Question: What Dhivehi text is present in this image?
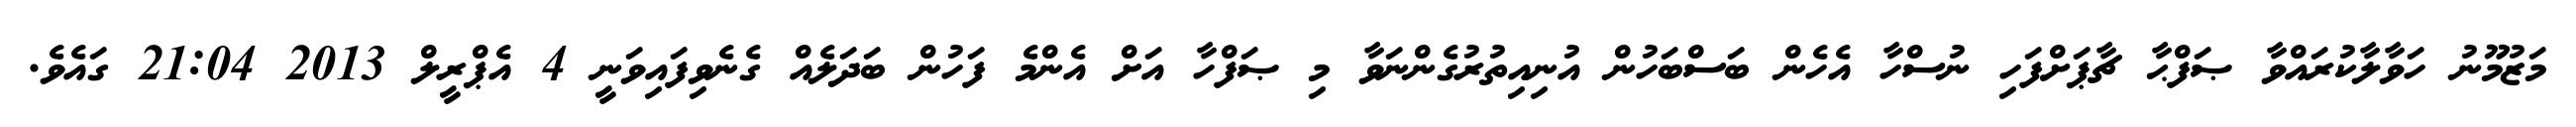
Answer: މަޒުމޫނު ހަވާލާކުރައްވާ ޞަފްޙާ ޗާޕަށްފަހި ނުސްހާ އެހެން ބަސްބަހުން އުނިއިތުރުގެންނަވާ މި ޞަފްހާ އަށް އެންމެ ފަހުން ބަދަލެއް ގެނެވިފައިވަނީ 4 އެޕްރީލް 2013 21:04 ގައެވެ.